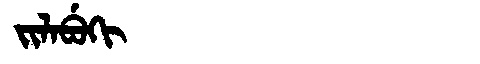
Manchu: ᠵᡳᠯᠠᠪᡠᡴᡳ
Romanization: JILABUKI